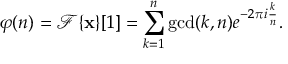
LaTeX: \varphi ( n ) = { \mathcal { F } } \{ \mathbf { x } \} [ 1 ] = \sum _ { k = 1 } ^ { n } \operatorname* { g c d } ( k , n ) e ^ { - 2 \pi i { \frac { k } { n } } } .